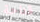
قداحة